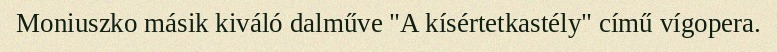
Moniuszko másik kiváló dalműve "A kísértetkastély" című vígopera.